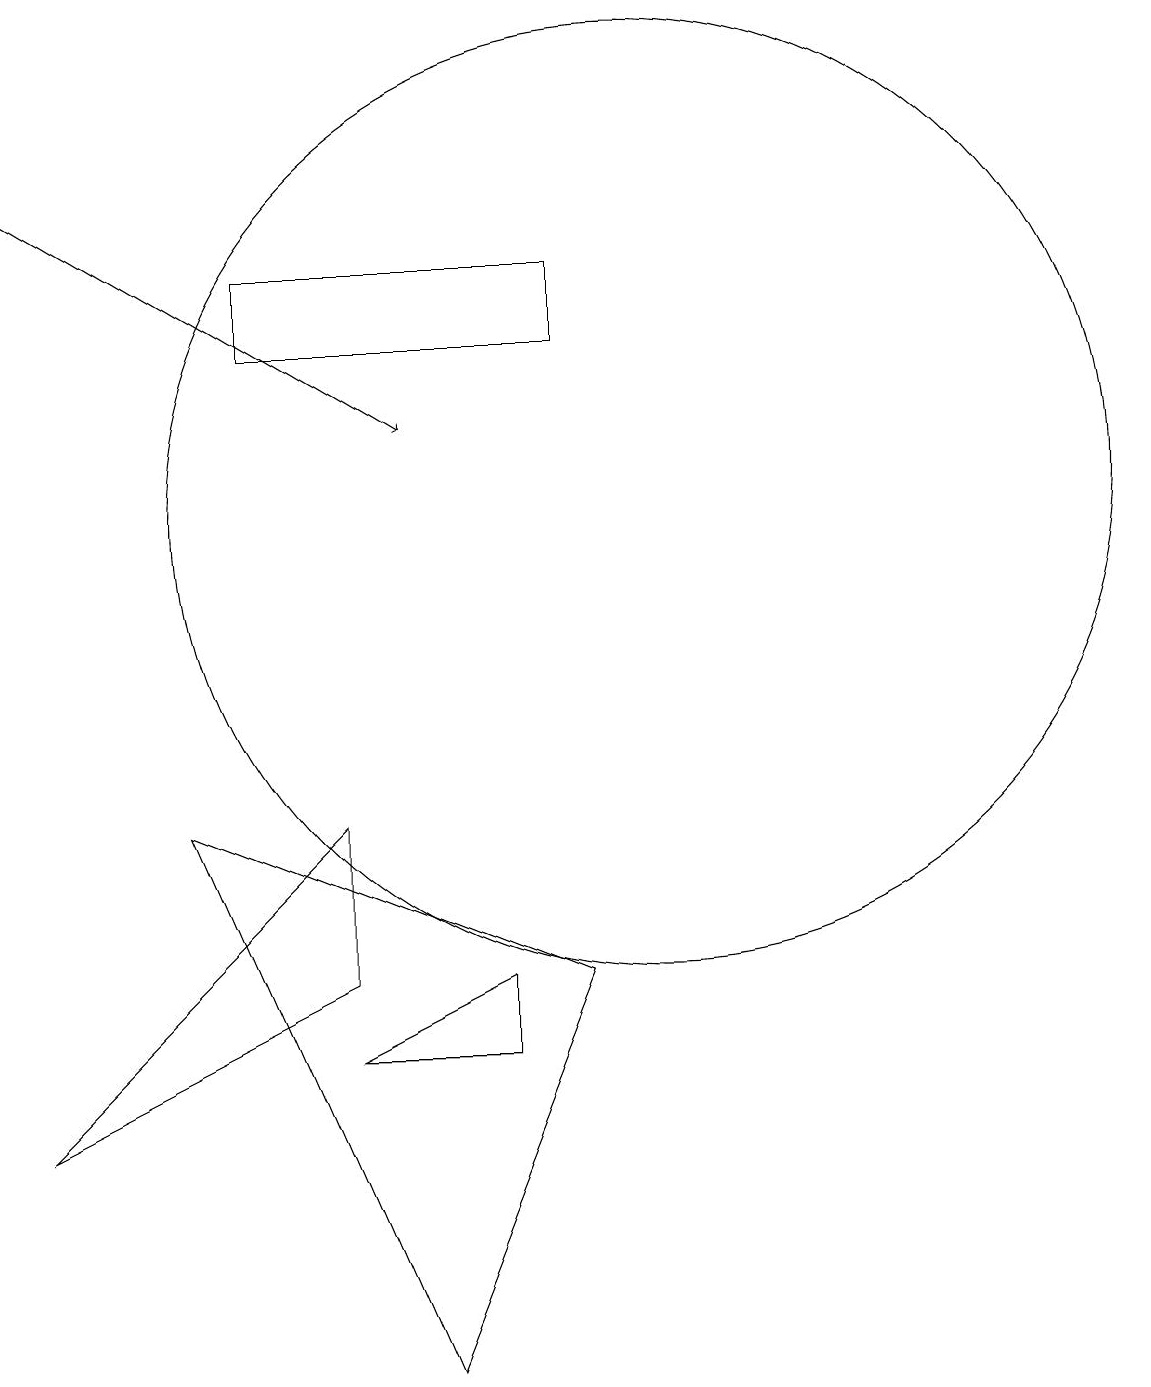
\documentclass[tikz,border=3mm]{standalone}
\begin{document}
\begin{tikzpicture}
\draw (6,4) -- (8,5) -- (8,4) -- cycle;
\draw (2,3) -- (6,7) -- (6,5) -- cycle;
\draw (5,13) rectangle (9,14);
\draw (4,7) -- (9,5) -- (7,0) -- cycle;
\draw[->] (2,15) -- (7,12);
\draw (10,11) circle (6);
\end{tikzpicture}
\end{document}